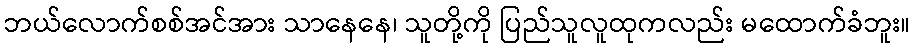
ဘယ်လောက်စစ်အင်အား သာနေနေ၊ သူတို့ကို ပြည်သူလူထုကလည်း မထောက်ခံဘူး။